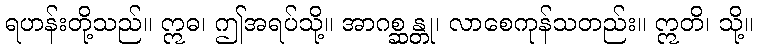
ရဟန်းတို့သည်။ ဣဓ၊ ဤအရပ်သို့။ အာဂစ္ဆန္တု၊ လာစေကုန်သတည်း။ ဣတိ၊ သို့။